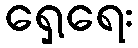
ရှေ့ရေး